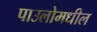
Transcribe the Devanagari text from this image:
पाउलोमधील